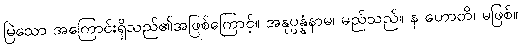
မြဲသော အကြောင်းရှိသည်၏အဖြစ်ကြောင့်။ အနုပ္ပန္နံနာမ၊ မည်သည်။ န ဟောတိ၊ မဖြစ်။